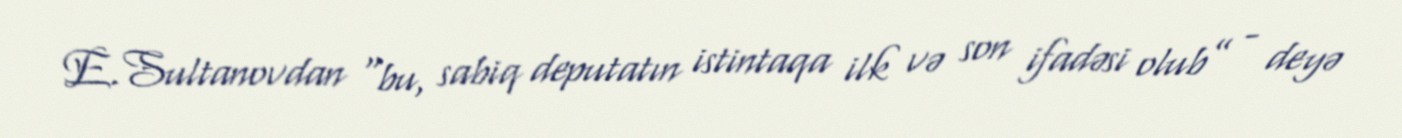
E.Sultanovdan “bu, sabiq deputatın istintaqa ilk və son ifadəsi olub” - deyə